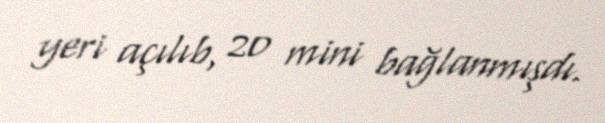
yeri açılıb, 20 mini bağlanmışdı.